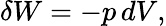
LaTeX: \delta W=-p\, dV,